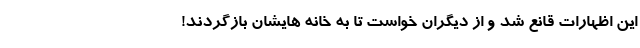
این اظهارات قانع شد و از دیگران خواست تا به خانه هایشان بازگردند!